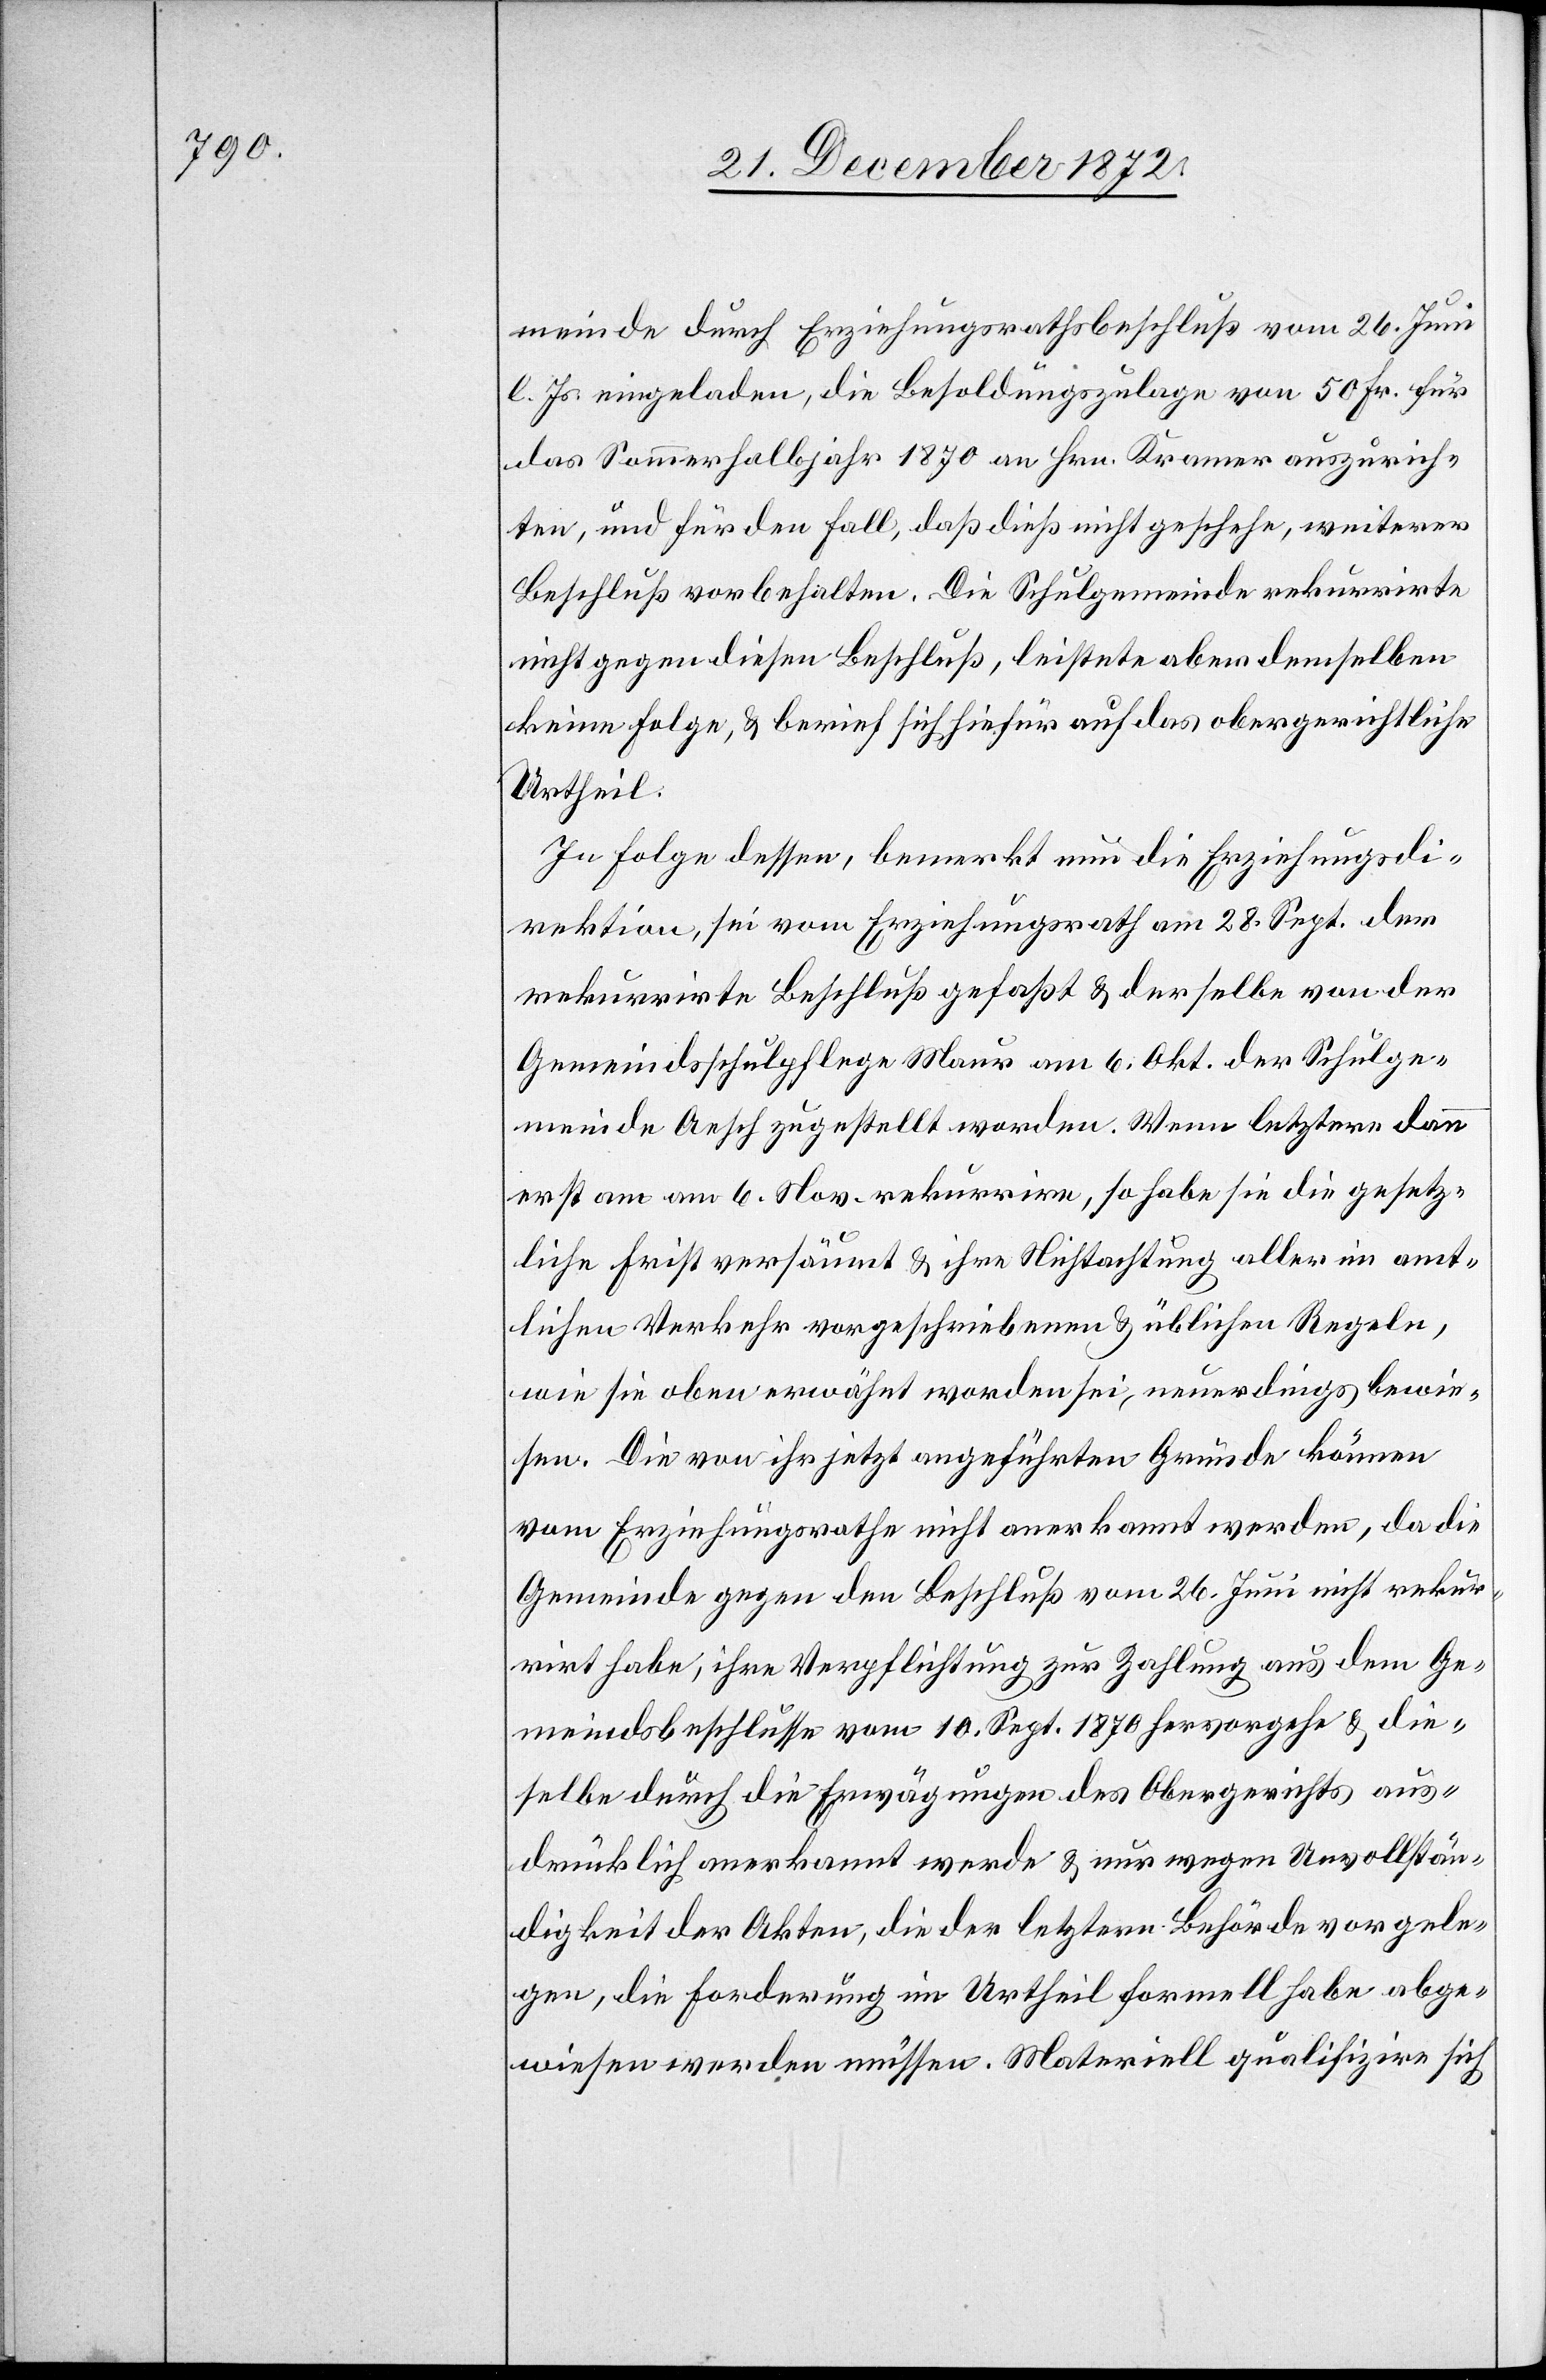
meinde durch Erziehungsrathsbeschluß vom 26. Juni
l. Js. eingeladen, die Besoldungszulage von 50 Fr. für
das Sommerhalbjahr 1870 an Hrn. Kramer auszurich¬
ten, und für den Fall, daß dieß nicht geschehe, weiterer
Beschluß vorbehalten. Die Schulgemeinde rekurrirte
nicht gegen diesen Beschluß, leistete aber demselben
keine Folge, u. berief sich hiefür auf das obergerichtliche
Urtheil.
In Folge dessen, bemerkt nun die Erziehungsdi¬
rektion, sei vom Erziehungsrath am 28. Sept. der
rekurrirte Beschluß gefaßt u. derselbe von der
Gemeindsschulpflege Maur am 6. Okt. der Schulge¬
meinde Aesch zugestellt worden. Wenn letztere dann
erst am 6. Nov. rekurrire, so habe sie die gesetz¬
liche Frist versäumt u. ihre Nichtachtung aller im amt¬
lichen Verkehr vorgeschriebenen u. üblichen Regeln,
wie sie oben erwähnt worden sei, neuerdings bewie¬
sen. Die von ihr jetzt angeführten Gründe können
vom Erziehungsrathe nicht anerkannt werden, da die
Gemeinde gegen den Beschluß vom 26. Juni nicht rekur¬
rirt habe, ihre Verpflichtung zur Zahlung aus dem Ge¬
meindsbeschlusse vom 10. Sept. 1870 hervorgehe u. die¬
selbe durch die Erwägungen des Obergerichts aus¬
drücklich anerkannt werde u. nur wegen Unvollstän¬
digkeit der Akten, die der letztern Behörde vorgele¬
gen, die Forderung im Urtheil formell habe abge¬
wiesen werden müssen. Materiell qualifizire sich